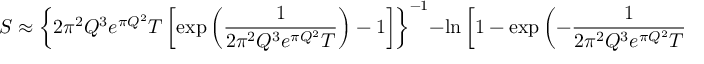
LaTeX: S \approx \left\{ 2 \pi ^ { 2 } Q ^ { 3 } e ^ { \pi Q ^ { 2 } } T \left[ \exp { \left( { \frac { 1 } { 2 \pi ^ { 2 } Q ^ { 3 } e ^ { \pi Q ^ { 2 } } T } } \right) } - 1 \right] \right\} ^ { - 1 } - \ln { \left[ 1 - \exp { \left( - { \frac { 1 } { 2 \pi ^ { 2 } Q ^ { 3 } e ^ { \pi Q ^ { 2 } } T } } \right) } \right] } .